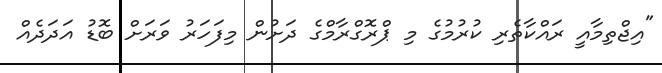
"އިޖްތިމާއީ ރައްކާތެރި ކުރުމުގެ މި ޕްރޮގްރާމްގެ ދަށުން މިފަހަރު ވަރަށް ބޮޑު އަދަދެއް